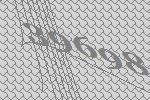
39698